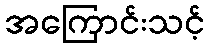
အကြောင်းသင့်